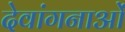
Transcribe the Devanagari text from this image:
देवांगनाओं